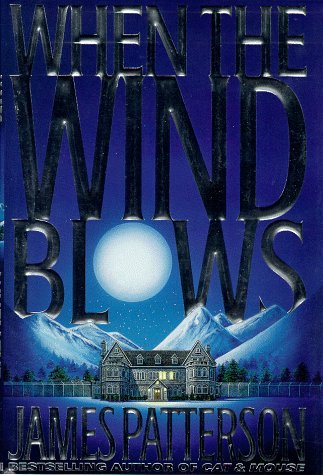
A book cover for When the Wind Blows; James Patterson; Science Fiction & Fantasy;